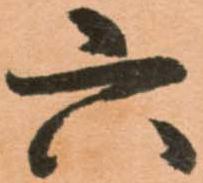
六